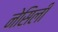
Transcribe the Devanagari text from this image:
नेसिली